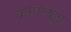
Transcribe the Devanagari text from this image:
कापुलेल्ला